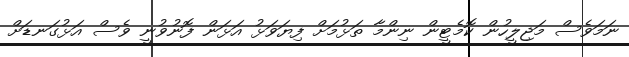
ނަމަވެސް މަޖިލީހުން ކޮމެޓީން ނިންމާ ތަޅުމަށް ފިޔަވަޅު އަޅަން ފޮނުވުނީ ވެސް އަޅުގަނޑަށް